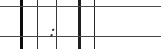
: